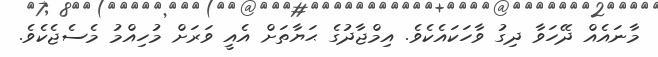
މާނައެއް ދޭހަވާ ދިގު ވާހަކައެކެވެ. އިމްޖާދުގެ ޙަޔާތަށް އެއީ ވަރަށް މުހިއްމު މެސެޖެކެވެ.